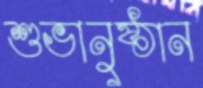
শুভানুষ্ঠান